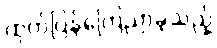
ထုတ်ပြန်ကြေညာခဲ့သည့်